Annual report of the Prince of Wales Medical College, Patna
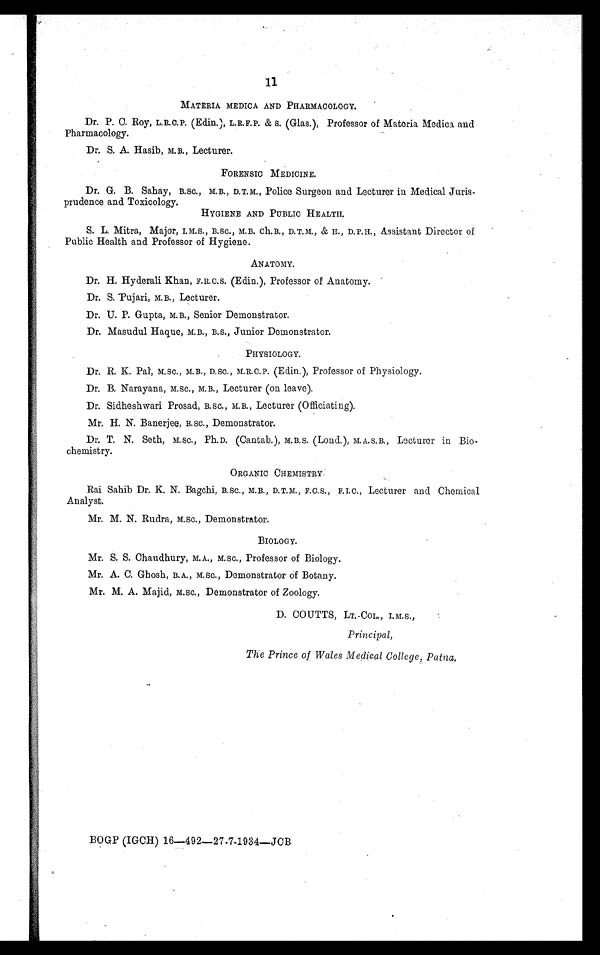
11
MATERIA MEDICA AND PHARMACOLOGY.
Dr. P. C. Roy, L.R. C. P. (Edin.), L.R.F. P. & S. (Glas.), Professor of Materia Medica and
Pharmacology.
Dr. S. A. Hasib, M. B. , Lecturer.
FORENSIC MEDICINE.
Dr. G. B. Sahay, B.Sc., M. B., D. T. M. , Police Surgeon and Lecturer in Medical Juris-
-prudence and Toxicology.
HYGIENE AND PUBLIC HEALTH.
S. L. Mitra, Major, I.M.S., B.Sc., M.B. Ch.B. , D. T. M. , & H., D. P.H. , Assistant Director of
Public Health and Professor of Hygiene.
ANATOMY.
Dr. H. Hyderali Khan, F. R. C. S. (Edin.), Professor of Anatomy.
Dr. S. Pujari, M.B. , Lecturer.
Dr. U. P. Gupta, M.B., Senior Demonstrator.
Dr. Masudul Haque, M.B., B.S., Junior Demonstrator.
PHYSIOLOGY.
Dr. R. K. Pal, M.Sc., M. B. , D.SC. , M. R. C. P. (Edin.), Professor of Physiology.
Dr. B. Narayana, M.Sc., M.B., Lecturer (on leave).
Dr. Sidheshwari Prosad, B. SC. , M.B., Lecturer (Officiating).
Mr. H. N. Banerjee, B.sc., Demonstrator.
Dr. T. N. Seth, M.SC., Ph.D. (Cantab.), M. B.S. (Lond.), M. A.S. B., Lecturer in Bio-
-chemistry.
ORGANIC CHEMISTRY.
Rai Sahib Dr. K. N. Bagchi, B.Sc., M. B. , D.T.M., F. C. S. , F. I. C. , Lecturer and Chemical
Analyst.
Mr. M. N. Rudra, M.sc., Demonstrator.
BIOLOGY.
Mr. S. S. Chaudhury, M.A., M.sc., Professor of Biology.
Mr. A. C. Ghosh, B. A., M.sc., Demonstrator of Botany.
Mr. M. A. Majid, M.Sc., Demonstrator of Zoology.
D. COUTTS, LT.-COL., I.M.S.,
Principal,
The Prince of Wales Medical College, Patna.